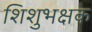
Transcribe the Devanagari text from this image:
शिशुभक्षक